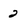
Character: 2